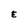
Character: E